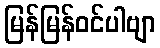
မြန်မြန်ဝင်ပါဗျာ